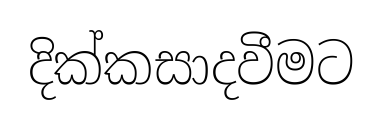
දික්කසාදවීමට